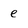
Character: e